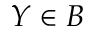
Y \in B